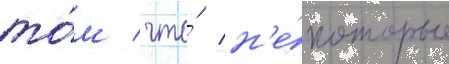
то́м / что́ н'е́которые